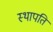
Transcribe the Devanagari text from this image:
स्‍थापति